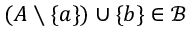
( A \setminus \{ a \} ) \cup \{ b \} \in { \mathcal { B } }